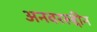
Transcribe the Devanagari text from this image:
अनवररुद्दीन